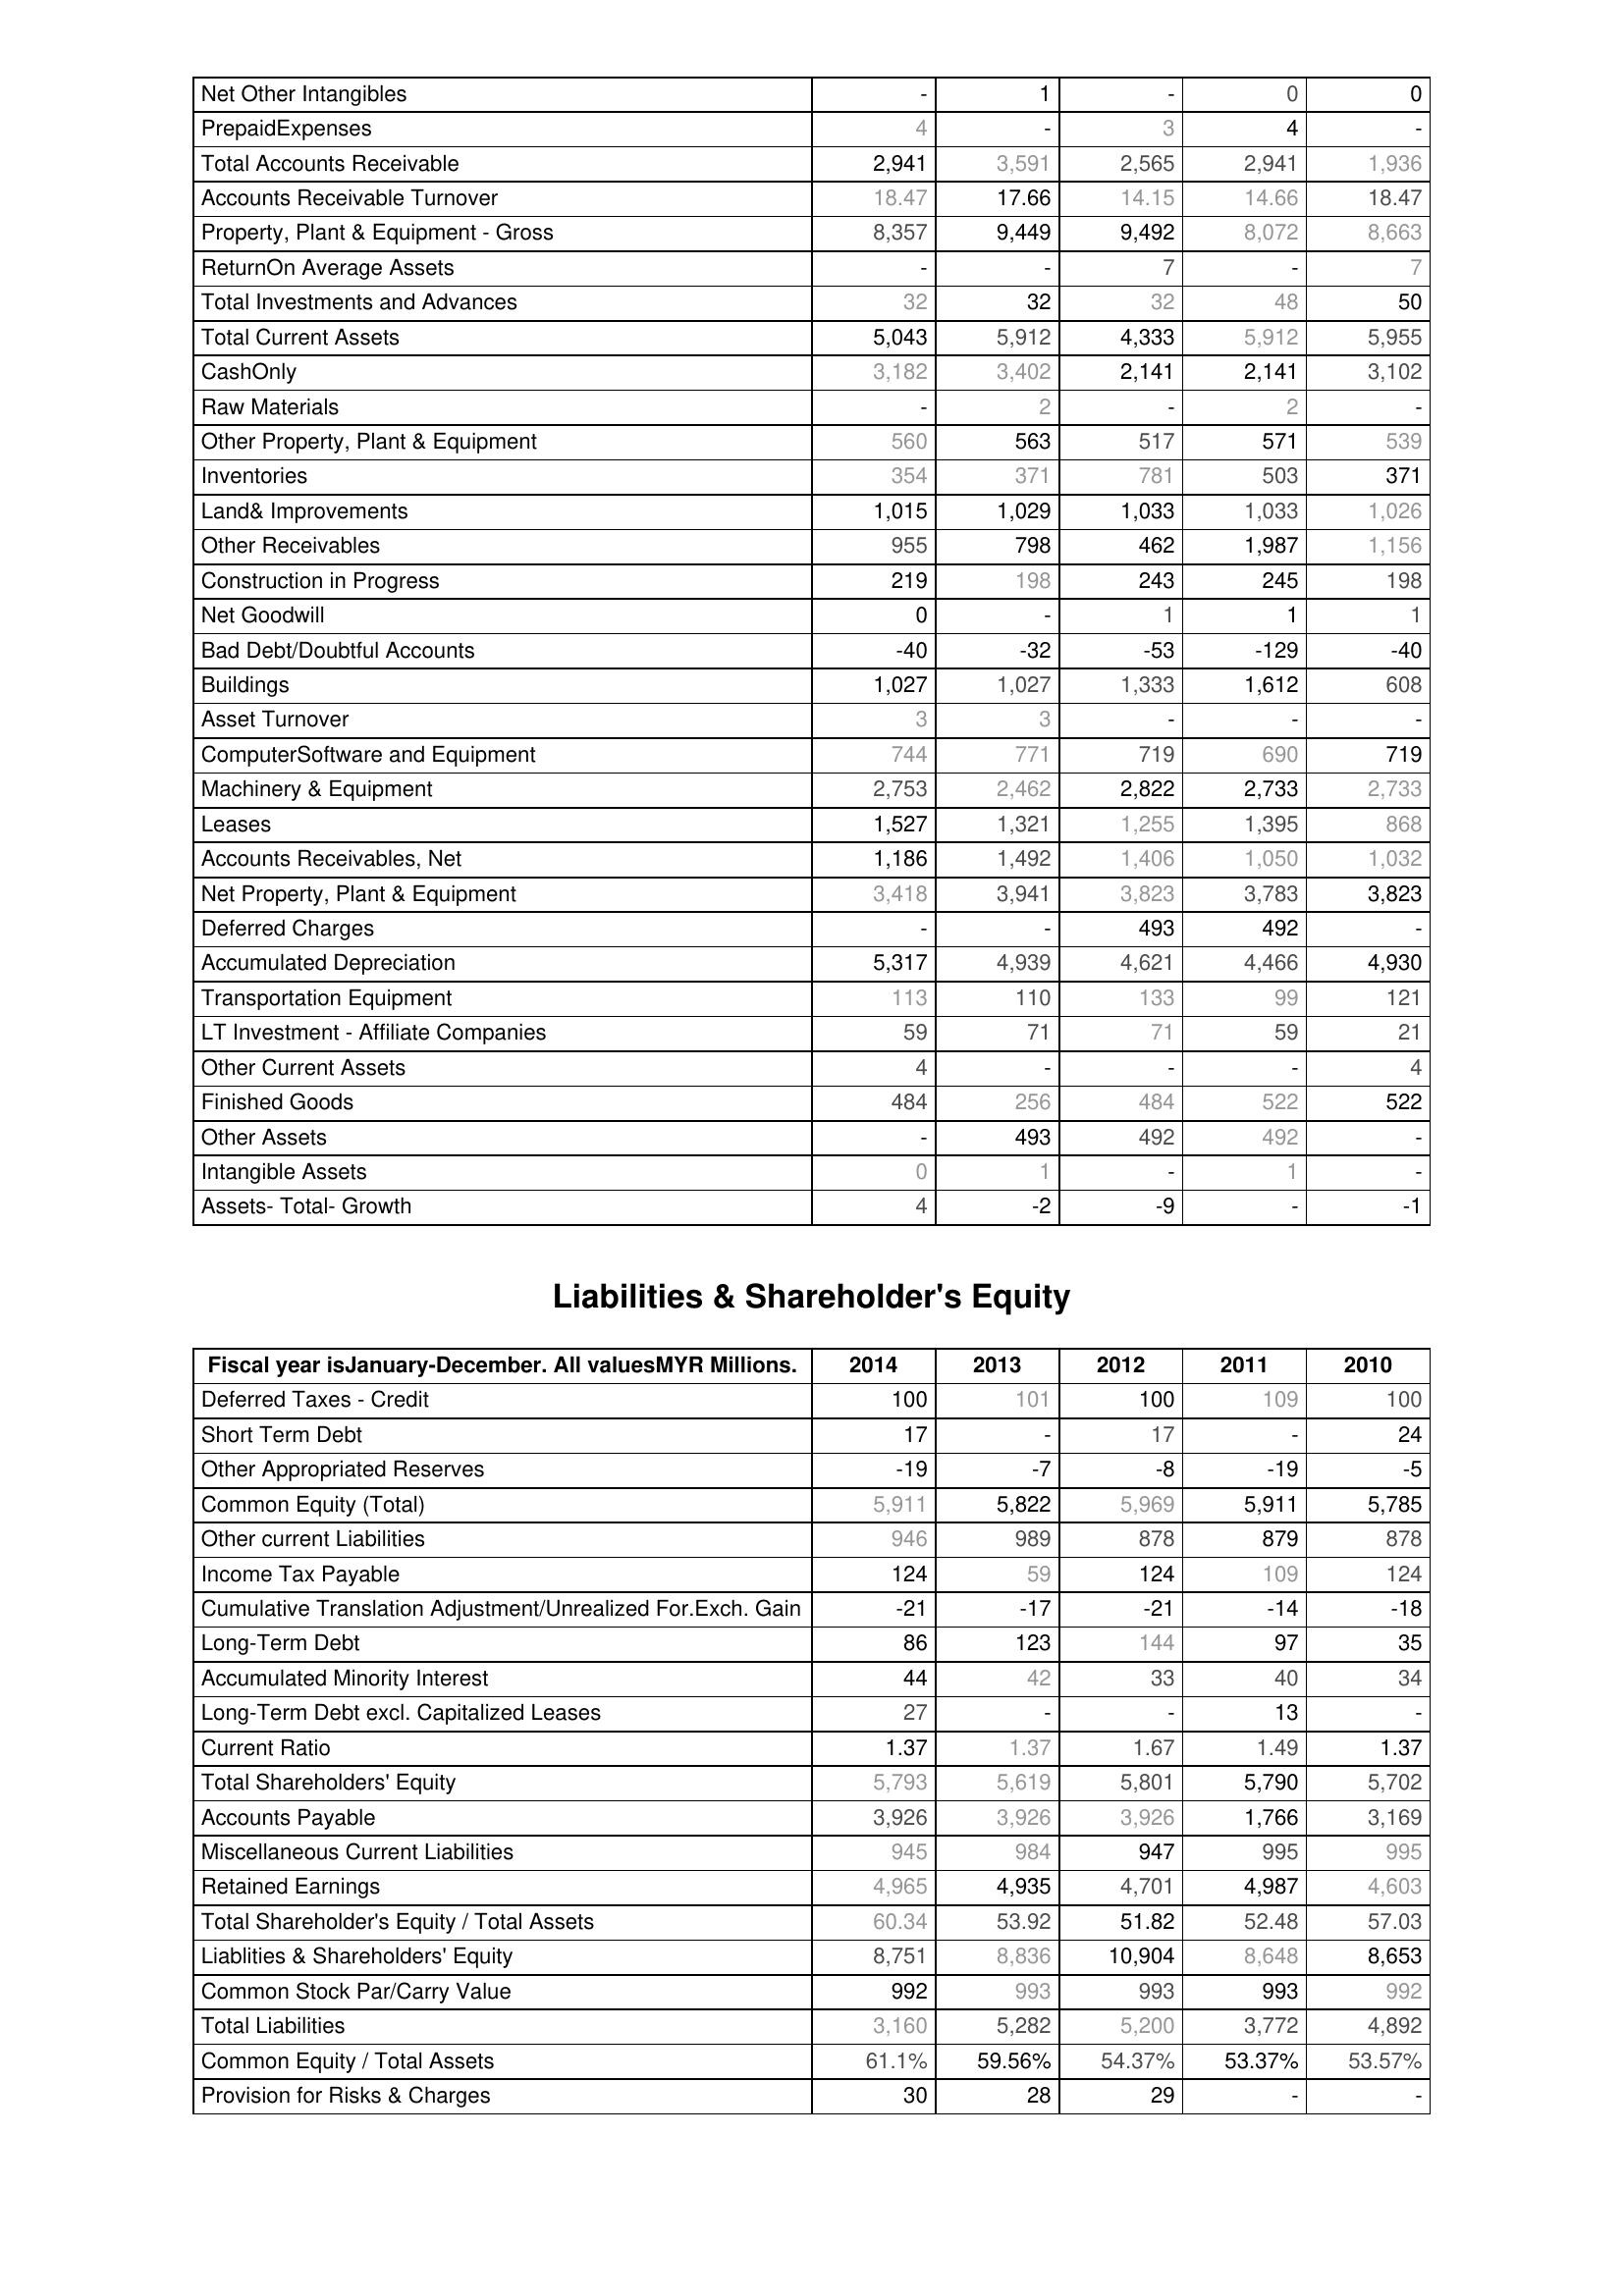
2014: Assets: Net Other Intangibles: -
PrepaidExpenses: 4
Total Accounts Receivable: 2,941
Accounts Receivable Turnover: 18.47
Property, Plant & Equipment - Gross : 8,357
ReturnOn Average Assets: -
Total Investments and Advances: 32
Total Current Assets: 5,043
CashOnly: 3,182
Raw Materials: -
Other Property, Plant & Equipment: 560
Inventories: 354
Land& Improvements: 1,015
Other Receivables: 955
Construction in Progress: 219
Net Goodwill: 0
Bad Debt/Doubtful Accounts: -40
Buildings: 1,027
Asset Turnover: 3
ComputerSoftware and Equipment: 744
Machinery & Equipment: 2,753
Leases: 1,527
Accounts Receivables, Net: 1,186
Net Property, Plant & Equipment: 3,418
Deferred Charges: -
Accumulated Depreciation: 5,317
Transportation Equipment: 113
LT Investment - Affiliate Companies: 59
Other Current Assets: 4
Finished Goods: 484
Other Assets: -
Intangible Assets: 0
Assets- Total- Growth: 4
Liabilities & Shareholder's Equity: Deferred Taxes - Credit: 100
Short Term Debt: 17
Other Appropriated Reserves: -19
Common Equity (Total): 5,911
Other current Liabilities: 946
Income Tax Payable: 124
Cumulative Translation Adjustment/Unrealized For.Exch. Gain: -21
Long-Term Debt: 86
Accumulated Minority Interest: 44
Long-Term Debt excl. Capitalized Leases: 27
Current Ratio: 1.37
Total Shareholders' Equity: 5,793
Accounts Payable: 3,926
Miscellaneous Current Liabilities: 945
Retained Earnings: 4,965
Total Shareholder's Equity / Total Assets: 60.34
Liablities & Shareholders' Equity: 8,751
Common Stock Par/Carry Value: 992
Total Liabilities: 3,160
Common Equity / Total Assets: 61.1%
Provision for Risks & Charges: 30
2013: Assets: Net Other Intangibles: 1
PrepaidExpenses: -
Total Accounts Receivable: 3,591
Accounts Receivable Turnover: 17.66
Property, Plant & Equipment - Gross : 9,449
ReturnOn Average Assets: -
Total Investments and Advances: 32
Total Current Assets: 5,912
CashOnly: 3,402
Raw Materials: 2
Other Property, Plant & Equipment: 563
Inventories: 371
Land& Improvements: 1,029
Other Receivables: 798
Construction in Progress: 198
Net Goodwill: -
Bad Debt/Doubtful Accounts: -32
Buildings: 1,027
Asset Turnover: 3
ComputerSoftware and Equipment: 771
Machinery & Equipment: 2,462
Leases: 1,321
Accounts Receivables, Net: 1,492
Net Property, Plant & Equipment: 3,941
Deferred Charges: -
Accumulated Depreciation: 4,939
Transportation Equipment: 110
LT Investment - Affiliate Companies: 71
Other Current Assets: -
Finished Goods: 256
Other Assets: 493
Intangible Assets: 1
Assets- Total- Growth: -2
Liabilities & Shareholder's Equity: Deferred Taxes - Credit: 101
Short Term Debt: -
Other Appropriated Reserves: -7
Common Equity (Total): 5,822
Other current Liabilities: 989
Income Tax Payable: 59
Cumulative Translation Adjustment/Unrealized For.Exch. Gain: -17
Long-Term Debt: 123
Accumulated Minority Interest: 42
Long-Term Debt excl. Capitalized Leases: -
Current Ratio: 1.37
Total Shareholders' Equity: 5,619
Accounts Payable: 3,926
Miscellaneous Current Liabilities: 984
Retained Earnings: 4,935
Total Shareholder's Equity / Total Assets: 53.92
Liablities & Shareholders' Equity: 8,836
Common Stock Par/Carry Value: 993
Total Liabilities: 5,282
Common Equity / Total Assets: 59.56%
Provision for Risks & Charges: 28
2012: Assets: Net Other Intangibles: -
PrepaidExpenses: 3
Total Accounts Receivable: 2,565
Accounts Receivable Turnover: 14.15
Property, Plant & Equipment - Gross : 9,492
ReturnOn Average Assets: 7
Total Investments and Advances: 32
Total Current Assets: 4,333
CashOnly: 2,141
Raw Materials: -
Other Property, Plant & Equipment: 517
Inventories: 781
Land& Improvements: 1,033
Other Receivables: 462
Construction in Progress: 243
Net Goodwill: 1
Bad Debt/Doubtful Accounts: -53
Buildings: 1,333
Asset Turnover: -
ComputerSoftware and Equipment: 719
Machinery & Equipment: 2,822
Leases: 1,255
Accounts Receivables, Net: 1,406
Net Property, Plant & Equipment: 3,823
Deferred Charges: 493
Accumulated Depreciation: 4,621
Transportation Equipment: 133
LT Investment - Affiliate Companies: 71
Other Current Assets: -
Finished Goods: 484
Other Assets: 492
Intangible Assets: -
Assets- Total- Growth: -9
Liabilities & Shareholder's Equity: Deferred Taxes - Credit: 100
Short Term Debt: 17
Other Appropriated Reserves: -8
Common Equity (Total): 5,969
Other current Liabilities: 878
Income Tax Payable: 124
Cumulative Translation Adjustment/Unrealized For.Exch. Gain: -21
Long-Term Debt: 144
Accumulated Minority Interest: 33
Long-Term Debt excl. Capitalized Leases: -
Current Ratio: 1.67
Total Shareholders' Equity: 5,801
Accounts Payable: 3,926
Miscellaneous Current Liabilities: 947
Retained Earnings: 4,701
Total Shareholder's Equity / Total Assets: 51.82
Liablities & Shareholders' Equity: 10,904
Common Stock Par/Carry Value: 993
Total Liabilities: 5,200
Common Equity / Total Assets: 54.37%
Provision for Risks & Charges: 29
2011: Assets: Net Other Intangibles: 0
PrepaidExpenses: 4
Total Accounts Receivable: 2,941
Accounts Receivable Turnover: 14.66
Property, Plant & Equipment - Gross : 8,072
ReturnOn Average Assets: -
Total Investments and Advances: 48
Total Current Assets: 5,912
CashOnly: 2,141
Raw Materials: 2
Other Property, Plant & Equipment: 571
Inventories: 503
Land& Improvements: 1,033
Other Receivables: 1,987
Construction in Progress: 245
Net Goodwill: 1
Bad Debt/Doubtful Accounts: -129
Buildings: 1,612
Asset Turnover: -
ComputerSoftware and Equipment: 690
Machinery & Equipment: 2,733
Leases: 1,395
Accounts Receivables, Net: 1,050
Net Property, Plant & Equipment: 3,783
Deferred Charges: 492
Accumulated Depreciation: 4,466
Transportation Equipment: 99
LT Investment - Affiliate Companies: 59
Other Current Assets: -
Finished Goods: 522
Other Assets: 492
Intangible Assets: 1
Assets- Total- Growth: -
Liabilities & Shareholder's Equity: Deferred Taxes - Credit: 109
Short Term Debt: -
Other Appropriated Reserves: -19
Common Equity (Total): 5,911
Other current Liabilities: 879
Income Tax Payable: 109
Cumulative Translation Adjustment/Unrealized For.Exch. Gain: -14
Long-Term Debt: 97
Accumulated Minority Interest: 40
Long-Term Debt excl. Capitalized Leases: 13
Current Ratio: 1.49
Total Shareholders' Equity: 5,790
Accounts Payable: 1,766
Miscellaneous Current Liabilities: 995
Retained Earnings: 4,987
Total Shareholder's Equity / Total Assets: 52.48
Liablities & Shareholders' Equity: 8,648
Common Stock Par/Carry Value: 993
Total Liabilities: 3,772
Common Equity / Total Assets: 53.37%
Provision for Risks & Charges: -
2010: Assets: Net Other Intangibles: 0
PrepaidExpenses: -
Total Accounts Receivable: 1,936
Accounts Receivable Turnover: 18.47
Property, Plant & Equipment - Gross : 8,663
ReturnOn Average Assets: 7
Total Investments and Advances: 50
Total Current Assets: 5,955
CashOnly: 3,102
Raw Materials: -
Other Property, Plant & Equipment: 539
Inventories: 371
Land& Improvements: 1,026
Other Receivables: 1,156
Construction in Progress: 198
Net Goodwill: 1
Bad Debt/Doubtful Accounts: -40
Buildings: 608
Asset Turnover: -
ComputerSoftware and Equipment: 719
Machinery & Equipment: 2,733
Leases: 868
Accounts Receivables, Net: 1,032
Net Property, Plant & Equipment: 3,823
Deferred Charges: -
Accumulated Depreciation: 4,930
Transportation Equipment: 121
LT Investment - Affiliate Companies: 21
Other Current Assets: 4
Finished Goods: 522
Other Assets: -
Intangible Assets: -
Assets- Total- Growth: -1
Liabilities & Shareholder's Equity: Deferred Taxes - Credit: 100
Short Term Debt: 24
Other Appropriated Reserves: -5
Common Equity (Total): 5,785
Other current Liabilities: 878
Income Tax Payable: 124
Cumulative Translation Adjustment/Unrealized For.Exch. Gain: -18
Long-Term Debt: 35
Accumulated Minority Interest: 34
Long-Term Debt excl. Capitalized Leases: -
Current Ratio: 1.37
Total Shareholders' Equity: 5,702
Accounts Payable: 3,169
Miscellaneous Current Liabilities: 995
Retained Earnings: 4,603
Total Shareholder's Equity / Total Assets: 57.03
Liablities & Shareholders' Equity: 8,653
Common Stock Par/Carry Value: 992
Total Liabilities: 4,892
Common Equity / Total Assets: 53.57%
Provision for Risks & Charges: -